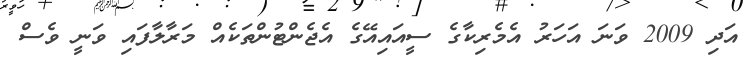
އަދި 2009 ވަނަ އަހަރު އެމެރިކާގެ ސީއައިއޭގެ އެޖެންޓުންތަކެއް މަރާލާފައި ވަނީ ވެސް